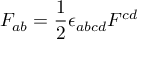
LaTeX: F _ { a b } = { \frac { 1 } { 2 } } \epsilon _ { a b c d } F ^ { c d }